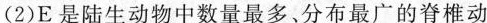
(2)E是陆生动物中数量最多、分布最广的脊椎动